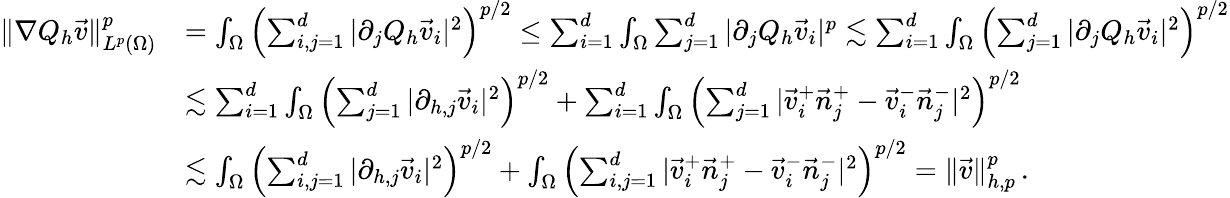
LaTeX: \begin{array}{rl}{\| \nabla Q_{h}\vec{v}\| _{L^{p}(\Omega)}^{p}}&{=\int_{\Omega}\left(\sum_{i,j=1}^{d}|\partial_{j}Q_{h}\vec{v}_{i}|^{2}\right)^{p/2}\leq\sum_{i=1}^{d}\int_{\Omega}\sum_{j=1}^{d}|\partial_{j}Q_{h}\vec{v}_{i}|^{p}\lesssim\sum_{i=1}^{d}\int_{\Omega}\left(\sum_{j=1}^{d}|\partial_{j}Q_{h}\vec{v}_{i}|^{2}\right)^{p/2}}\\ &{\lesssim\sum_{i=1}^{d}\int_{\Omega}\left(\sum_{j=1}^{d}|\partial_{h,j}\vec{v}_{i}|^{2}\right)^{p/2}+\sum_{i=1}^{d}\int_{\Omega}\left(\sum_{j=1}^{d}|\vec{v}_{i}^{+}\vec{n}_{j}^{+}-\vec{v}_{i}^{-}\vec{n}_{j}^{-}|^{2}\right)^{p/2}}\\ &{\lesssim\int_{\Omega}\left(\sum_{i,j=1}^{d}|\partial_{h,j}\vec{v}_{i}|^{2}\right)^{p/2}+\int_{\Omega}\left(\sum_{i,j=1}^{d}|\vec{v}_{i}^{+}\vec{n}_{j}^{+}-\vec{v}_{i}^{-}\vec{n}_{j}^{-}|^{2}\right)^{p/2}=\| \vec{v}\| _{h,p}^{p}\, .}\end{array}